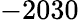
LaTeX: -2030